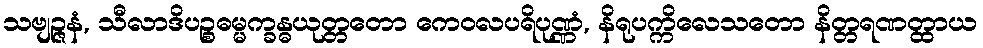
သဗျဉ္ဇနံ, သီလာဒိပဉ္စဓမ္မက္ခန္ဓယုတ္တတော ကေဝလပရိပုဏ္ဏံ, နိရုပက္ကိလေသတော နိတ္တရဏတ္ထာယ